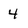
Character: 4